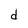
Character: d